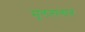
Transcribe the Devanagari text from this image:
सूलतालात